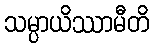
သမ္ပာယိဿာမီတိ